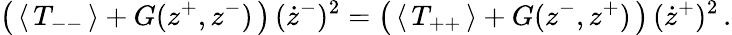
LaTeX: \left(\, \langle\, T_{--}\, \rangle+G(z^{+},z^{-})\, \right)\, (\dot{z}^{-})^{2}=\left(\, \langle\, T_{++}\, \rangle+G(z^{-},z^{+})\, \right)\, (\dot{z}^{+})^{2}\, .